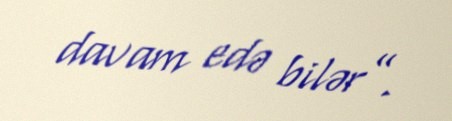
davam edə bilər”.